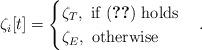
LaTeX: \begin{align*}\zeta_i[t]=\begin{cases}\zeta_T,~\textrm{if}~(\ref{FD_PF_condition2})~\textrm{holds}\\\zeta_E,~\textrm{otherwise}\\\end{cases}.\end{align*}